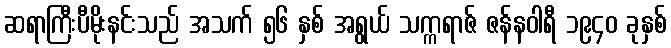
ဆရာကြီးပီမိုးနင်းသည် အသက် ၅၆ နှစ် အရွယ် သက္ကရာဇ် ဇန်နဝါရီ ၁၉၄၀ ခုနှစ်